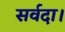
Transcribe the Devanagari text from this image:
सर्वदा।